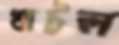
খাটল